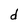
Character: d